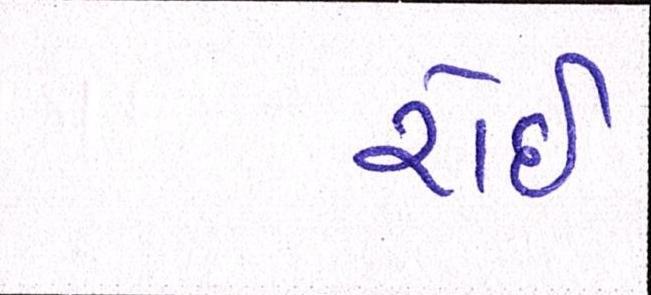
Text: રોઇ